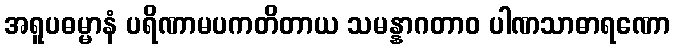
အရူပဓမ္မာနံ ပရိဏာမပကတိတာယ သမန္နာဂတာဝ ပါဏသာဓာရဏော